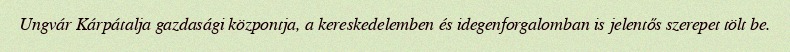
Ungvár Kárpátalja gazdasági központja, a kereskedelemben és idegenforgalomban is jelentős szerepet tölt be.